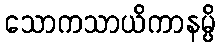
သောကသာယိကာနမ္ပိ